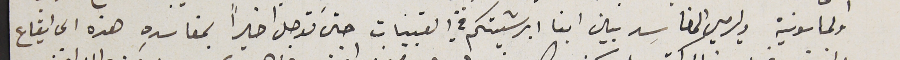
والماسونية ويرمي المفاسد بين ابنا ابرشيتكم في القبيات حتى توصل اخيراً بمفاسدِه هذه الى ايقاع